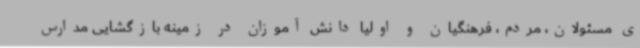
ی مسئولان، مردم، فرهنگیان و اولیا دانش آموزان در زمینه بازگشایی مدارس